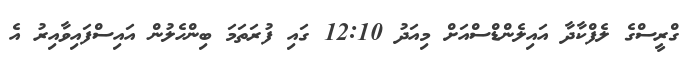
ގްރީސްގެ ލެފްކާދާ އައިލެންޑްސްއަށް މިއަދު 12:10 ގައި ފުރަތަމަ ބިންހެލުން އައިސްފައިވާއިރު އެ